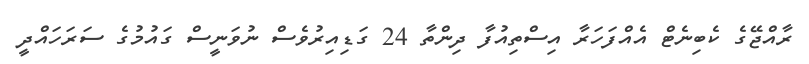
ރާއްޖޭގެ ކެބިނެޓް އެއްފަހަރާ އިސްތިއުފާ ދިންތާ 24 ގަޑިއިރުވެސް ނުވަނީސް ގައުމުގެ ސަރަހައްދީ